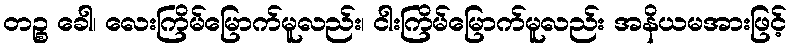
တဉ္စ ခေါ၊ လေးကြိမ်မြောက်မူလည်း၊ ငါးကြိမ်မြောက်မူလည်း အနိယမအားဖြင့်